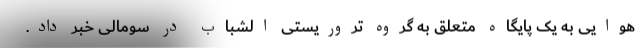
هوایی به یک پایگاه متعلق به گروه تروریستی الشباب در سومالی خبر داد.